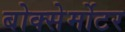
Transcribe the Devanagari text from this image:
बोक्सेर्मोटर